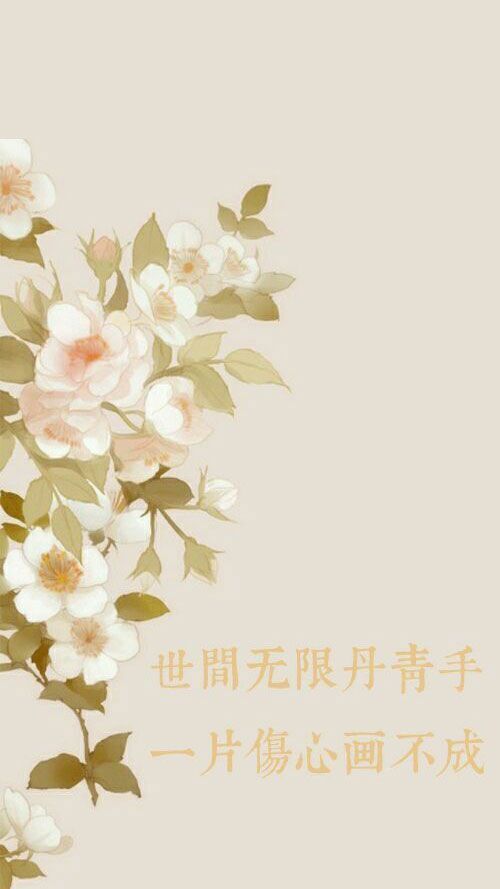
彼此当年少，莫负好时光。